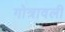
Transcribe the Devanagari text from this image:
गोत्रावली